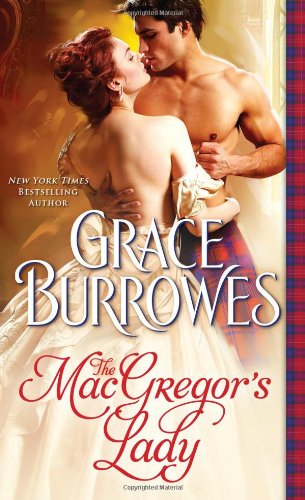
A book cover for The MacGregor's Lady (MacGregor Series); Grace Burrowes; Romance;